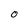
Character: 0